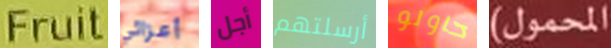
Fruit أعزائي أجل أرسلتهم حاولو المحمول)